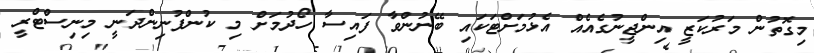
މިގޮތުން މަރުކަޒީ އިންޖީނުގެއެއް އެޅުމަށްޓަކައި ބޭނުންވާ ފައިސާ ހޯދުމަށް މި ކުންފުނިންދަނީ މިނިސްޓްރީ